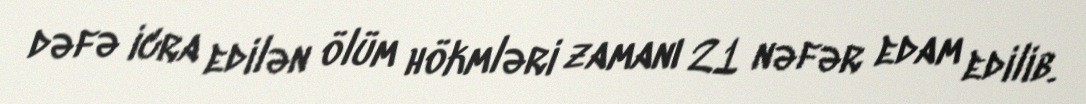
dəfə icra edilən ölüm hökmləri zamanı 21 nəfər edam edilib.